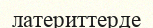
латериттерде